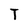
Character: T